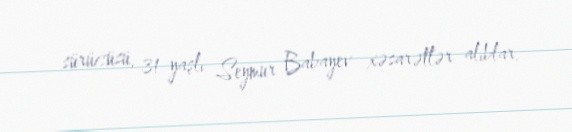
sürücüsü, 31 yaşlı Seymur Babayev xəsarətlər alıblar.